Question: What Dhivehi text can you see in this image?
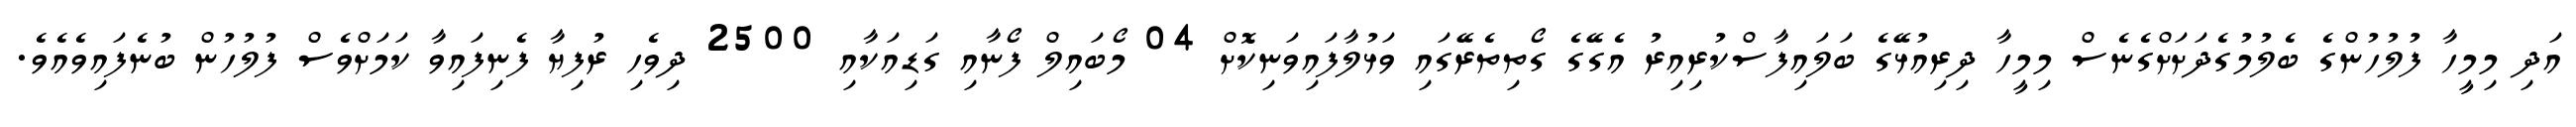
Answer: އަދި މިމީހާ ފުލުހުންގެ ބެލުމުގެދަށަށްގެނެސް މިމީހާ ދިރިއުޅޭގެ ބަލައިފާސްކުރިއިރު އެގޭގެ ގޯތިތެރޭގައި ވަޅުލާފައިވަނިކޮށް 04 މޯބައިލް ފޯނާއި ގަޑިއަކާއި 2500 ދިވެހި ރުފިޔާ ފެނިފައިވާ ކަމަށްވެސް ފުލުހުން ބުނެފައިވެއެވެ.